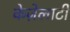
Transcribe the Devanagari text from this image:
केज़ेलाटी